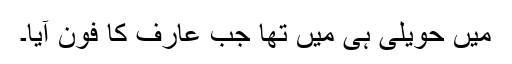
میں حویلی ہی میں تھا جب عارف کا فون آیا۔